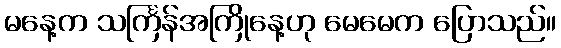
မနေ့က သင်္ကြန်အကြိုနေ့ဟု မေမေက ပြောသည်။